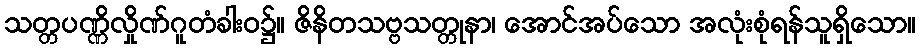
သတ္တပဏ္ဏိလှိုဏ်ဂူတံခါးဝ၌။ ဇိနိတသဗ္ဗသတ္တုနာ၊ အောင်အပ်သော အလုံးစုံရန်သူရှိသော။